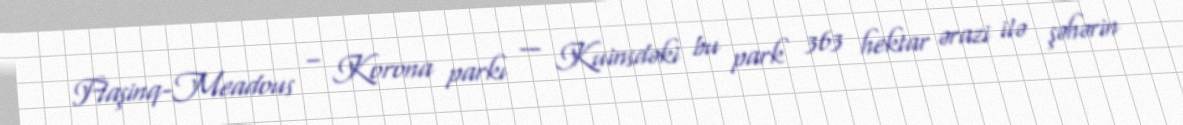
Flaşinq-Meadous – Korona parkı — Kuinsdəki bu park 363 hektar ərazi ilə şəhərin